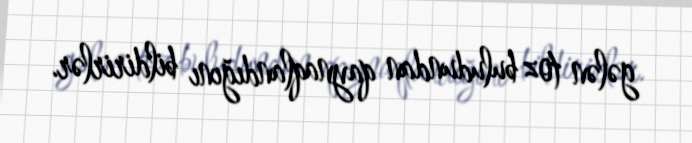
gələn toz buludundan qaynaqlandığını bildirirlər.